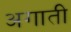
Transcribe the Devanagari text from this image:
अगाती